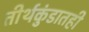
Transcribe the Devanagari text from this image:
तीर्थकुंडातही